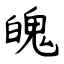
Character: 魄